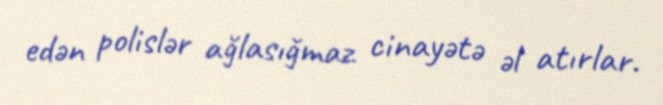
edən polislər ağlasığmaz cinayətə əl atırlar.